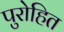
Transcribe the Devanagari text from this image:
पुरोहित